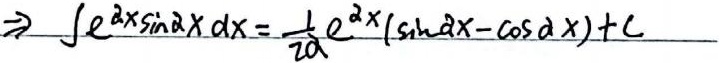
\(\Rightarrow \int e^{2x}\sin 2x \, dx=\frac{1}{2a}e^{2x}(\sin 2x - \cos 2x)+C\)